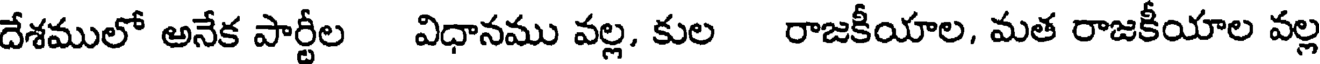
దేశములో అనేక పార్టీల విధానము వల్ల, కుల రాజకీయాల, మత రాజకీయాల వల్ల